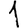
Digit: 1